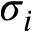
\sigma _ { i }